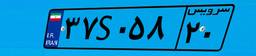
۳۷S۰۵۸۲۰